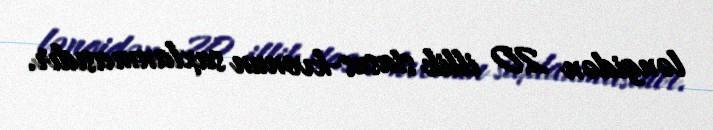
ləngidən 20 illik stasus-kvonun saxlanmasıdır.